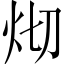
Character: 𤆻